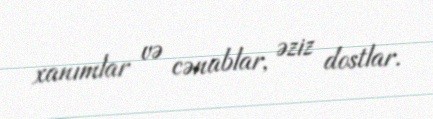
xanımlar və cənablar, əziz dostlar.